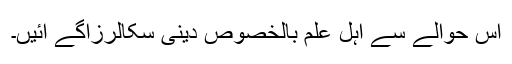
اس حوالے سے اہل علم بالخصوص دینی سکالرزآگے آئیں۔